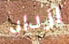
ازداد